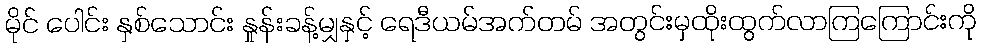
မိုင် ပေါင်း နှစ်သောင်း နှုန်းခန့်မျှနှင့် ရေဒီယမ်အက်တမ် အတွင်းမှထိုးထွက်လာကြကြောင်းကို